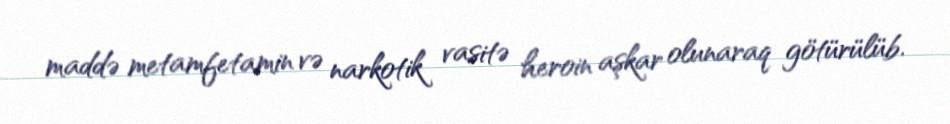
maddə metamfetamin və narkotik vasitə heroin aşkar olunaraq götürülüb.